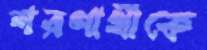
শরণার্থীকে